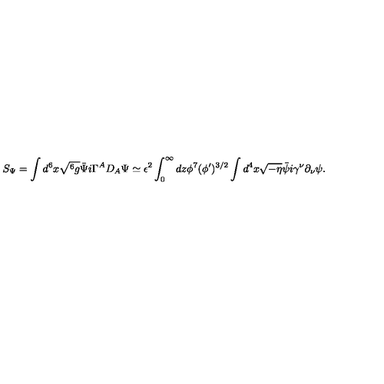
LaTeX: S _ { \Psi } = \int d ^ { 6 } x \sqrt { ^ 6 g } \bar { \Psi } i \Gamma ^ { A } D _ { A } \Psi \simeq \epsilon ^ { 2 } \int _ { 0 } ^ { \infty } d z \phi ^ { 7 } ( \phi ^ { \prime } ) ^ { 3 / 2 } \int d ^ { 4 } x \sqrt { - \eta } \bar { \psi } i \gamma ^ { \nu } \partial _ { \nu } \psi .